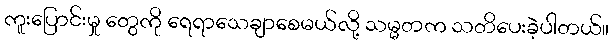
ကူးပြောင်းမှု တွေကို ရေရာသေချာစေမယ်လို့ သမ္မတက သတိပေးခဲ့ပါတယ်။